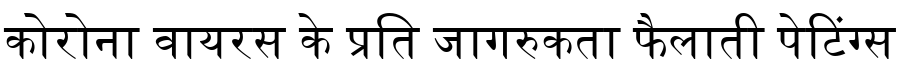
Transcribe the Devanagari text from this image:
कोरोना वायरस के प्रति जागरुकता फैलाती पेटिंग्स